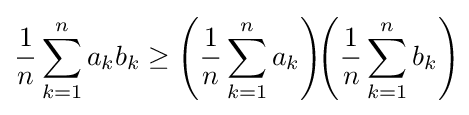
{1 \over n}\sum _{k=1}^{n}a_{k}b_{k}\geq \left({1 \over n}\sum _{k=1}^{n}a_{k}\right)\!\!\left({1 \over n}\sum _{k=1}^{n}b_{k}\right)\!